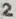
Text: 2